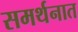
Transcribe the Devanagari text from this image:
समर्थनात